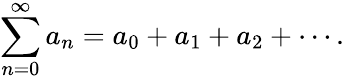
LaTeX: \sum_{n=0}^{\infty}a_{n}=a_{0}+a_{1}+a_{2}+\cdots.